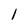
Character: 1